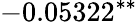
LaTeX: -0.05322^{\ast\ast}